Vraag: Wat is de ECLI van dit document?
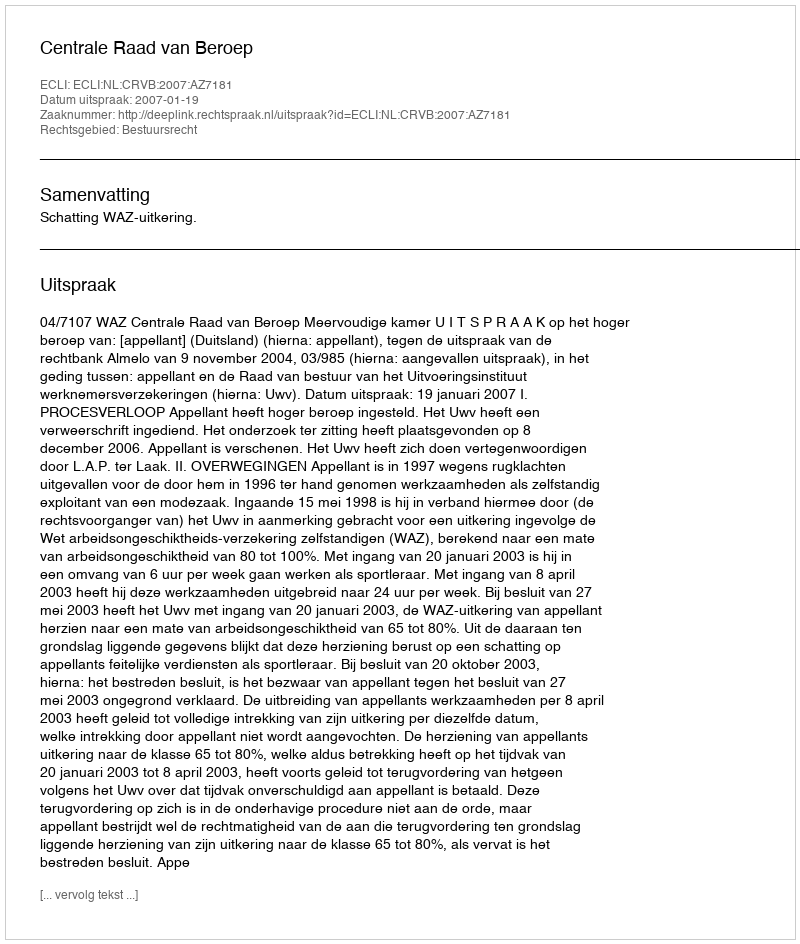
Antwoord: ECLI:NL:CRVB:2007:AZ7181